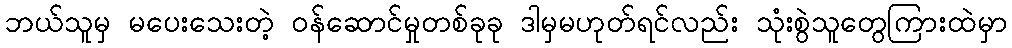
ဘယ်သူမှ မပေးသေးတဲ့ ဝန်ဆောင်မှုတစ်ခုခု ဒါမှမဟုတ်ရင်လည်း သုံးစွဲသူတွေကြားထဲမှာ